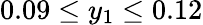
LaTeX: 0.09\leq y_{1}\leq 0.12